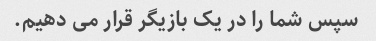
سپس شما را در یک بازیگر قرار می دهیم.